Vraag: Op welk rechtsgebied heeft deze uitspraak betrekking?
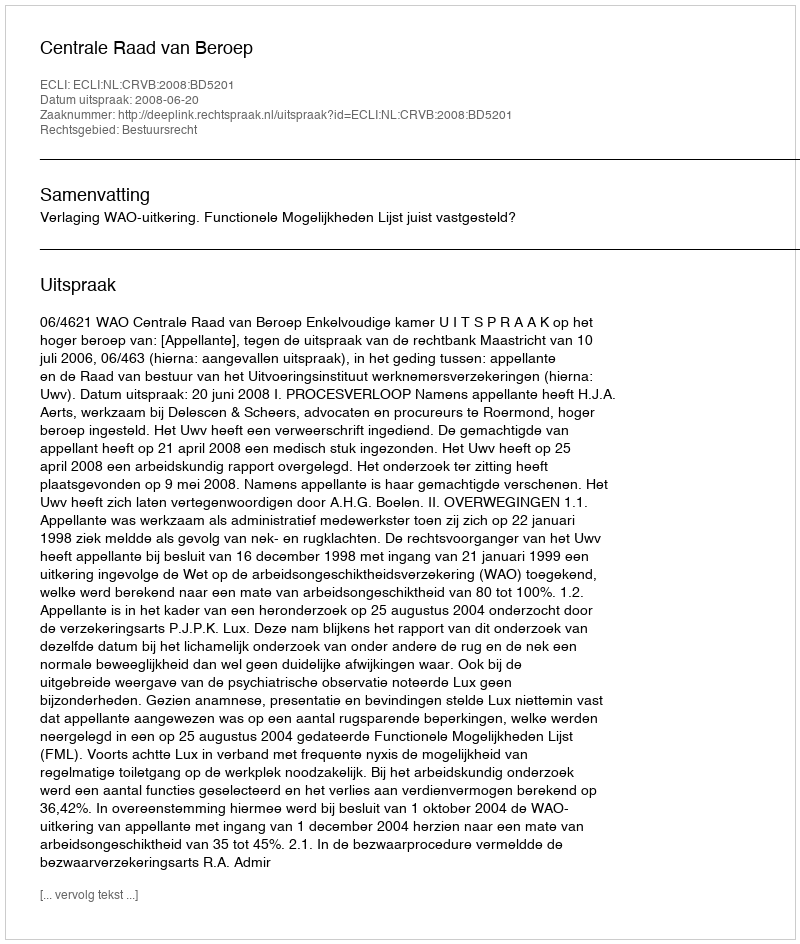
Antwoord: Bestuursrecht